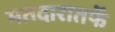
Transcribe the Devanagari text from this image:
मतदारातर्फे